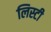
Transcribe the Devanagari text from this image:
लिस्टी